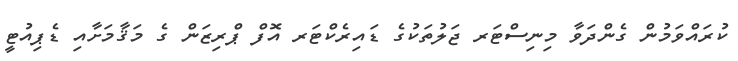
ކުރައްވަމުން ގެންދަވާ މިނިސްޓަރ ޖަލުތަކުގެ ޑައިރެކްޓަރ އޮފް ޕްރިޒަން ގެ މަޤާމަށާއި ޑެޕިއުޓީ